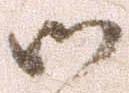
御